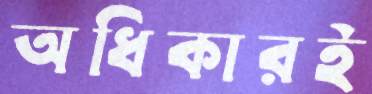
অধিকারই